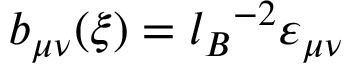
b _ { \mu \nu } ( \xi ) = { l _ { B } } ^ { - 2 } \varepsilon _ { \mu \nu }